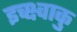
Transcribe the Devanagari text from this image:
इच्क्ष्वाकु